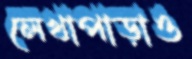
লেখাপাড়াও